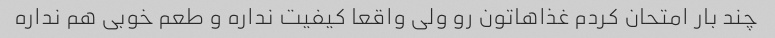
چند بار امتحان کردم غذاهاتون رو ولی واقعا کیفیت نداره و طعم خوبی هم نداره